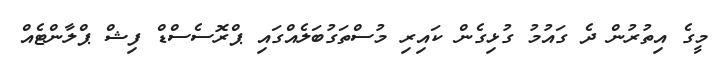
މީގެ އިތުރުން ދެ ގައުމު ގުޅިގެން ކައިރި މުސްތަގުބަލެއްގައި ޕްރޮސެސްޑް ފިޝް ޕްލާންޓެއް